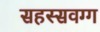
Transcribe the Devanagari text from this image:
सहस्सवग्ग